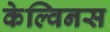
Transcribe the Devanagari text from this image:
केल्विनस